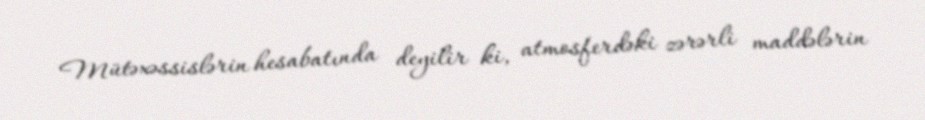
Mütəxəssislərin hesabatında deyilir ki, atmosferdəki zərərli maddələrin